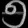
Digit: ၅